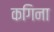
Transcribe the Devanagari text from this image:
कगिना